Sketch of the medical history of the native army of Bombay, for the year
Year: 1875
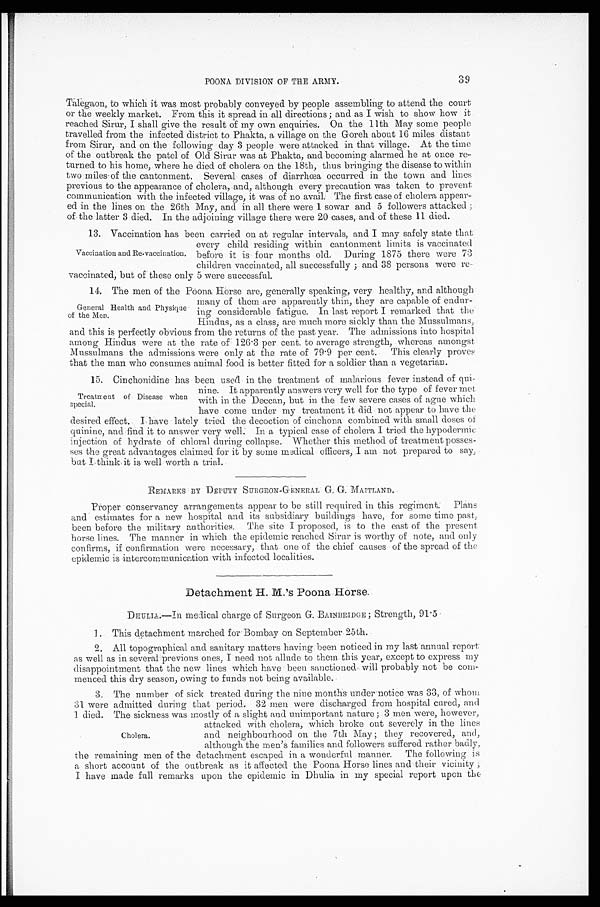
39
POONA DIVISION OF THE ARMY.
Talegaon, to which it was most probably conveyed by people assembling to attend the court
or the weekly market. From this it spread in all direction; and as I wish to show how it
reached Sirur, I shall give the result of my own enquiries. On the 11th May some people
travelled from the infected district to Phakta, a village on the Goreh about 16 miles distant
from Sirur, and on the following day 3 people were attacked in that village. At the time
of the outbreak the patel of Old Sirur was at Phakta, and becoming alarmed he at once re-
turned to his home, where he died of cholera on the 18th, thus bringing the disease to within
two miles of the cantonment. Several cases of diarrhœa occurred in the town and lines
previous to the appearance of cholera, and, although every precaution was taken to prevent
communication with the infected village, it was of no avail. The first case of cholera appear-
ed in the lines on the 26th May, and in all there were 1 sowar and 5 followers attacked
; o f t h e l a t t e r 3 d i e d . I n t h e a d i o i n i n g v i l l a g e t h e r e w e r e 2 0 c a s e s , a n d o f t h e s e 1 1 d i e d .
13. Vaccination has been carried on at regular intervals, and I may safely state that
every child residing within cantonment limits is vaccinated
before it is four months old. During 1875 there were 73
children vaccinated, all successfully; and 38 persons were re-
vaccinated, but of these only 5 were successful.
14. The men of the Poona Horse are, generally speaking, very healthy, and although
many of them are apparently thin, they are capable of endur-
ing considerable fatigue. In last report I remarked that the
Hindus, as a class; are much more sickly than the Mussulmans,
and this is perfectly obvious from the returns of the past year. The admissions into hospital
among Hindus were at the rate of 126.3 per cent. to average strength, whereas amongst
Mussulmans the admissions were only at the rate of 79.9 per cent. This clearly proves
that the man who consumes animal food is better fitted for a soldier than a vegetarian.
15. Cinchonidine has been used in the treatment of malarious fever instead of qui-
nine. It apparently answers very well for the type of fever met
with in the Deccan, but in the few severe cases of ague which
have come under my treatment it did not appear to have the
desired effect. I have lately tried the decoction of cinchona combined with small doses of
quinine, and find it to answer very well. In a typical case of cholera I tried the hypodermic
injection of hydrate of chloral during collapse. Whether this method of treatment posses-
ses the great advantages claimed for it by some medical officers, I am not prepared to say,
but I think it is well worth a trial.
REMARKS BY DEPUTY SURGEON-GENERAL G. G. MAITLAND.
Proper conservancy arrangements appear to be still required in this regiment. Plans
and estimates for a new hospital and its subsidiary buildings have, for some time past,
been before the military authorities. The site I proposed, is to the east of the present
horse lines. The manner in which the epidemic reached Sirur is worthy of note, and only
confirms, if confirmation were necessary, that one of the chief causes of the spread of the
epidemic is intercommunication with infected localities.
Detachment H. M.'S Poona Horse.
DHULIA.—In medical charge of Surgeon G. BAINBRIDGE; Strength, 91.5
1. This detachment marched for Bombay on September 25th.
2 . A l l t o p o g r a p h i c a l a n d s a n i t a r y m a t t e r s h a v i n g b e e n n o t i c e d i n m y l a s t a n n u a l r e p o r t
a s w e l l a s i n s e v e r a l p r e v i o u s o n e s , I n e e d n o t a l l u d e t o t h e m t h i s y e a r , e x c e p t t o e x p r e s s m y
disappointment that the new lines which have been sanctioned will probably not be com
- m e n c e d t h i s d r y s e a s o n , o w i n g t o f u n d s n o t b e i n g a v a i l a b l e .
3 . T h e n u m b e r o f s i c k t r e a t e d d u r i n g t h e n i n e m o n t h s u n d e r n o t i c e w a s 3 3 o f w h o m
31 were admitted during that period. 32 men were discharged from hospital cured, and
1 died. The sickness was mostly of a slight and unimportant nature; 3 men were, however,
attacked with cholera, which broke out severely in the lines
and neighbourhood on the 7th May; they recovered, and,
although the men's families and followers suffered rather badly,
the remaining men of the detachment escaped in a wonderful manner. The following is
a short account of the outbreak as it affected the Poona Horse lines and their vicinity;
I have made full remarks upon the epidemic in Dhulia in my special report upon the
Vaccination and Re-vaccination.
General Health and Physique
of the Men.
Treatment of Disease when
special.
Cholera.